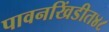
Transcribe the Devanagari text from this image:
पावनखिंडीत४८